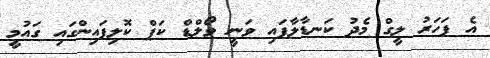
އެ ފަހަރު ލީގް މެދު ކަނޑާލާފައި ވަނީ ވޯލްޑް ކަޕް ކޮލިފައިންގައި ގައުމީ